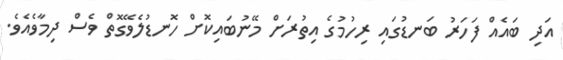
އަދި ބައެއް ފަހަރު ބަނޑުގައި ރިހުމުގެ އިތުރަށް މޭނުބައިކޮށް ހޮނޑުލެވޭގޮތް ވެސް ދިމާވެއެވެ.